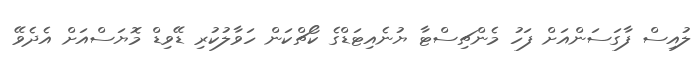
ލުއިސް ފާގަސަންއަށް ފަހު މެންޗިސްޓާ ޔުނެއިޓަޑްގެ ކޯޗްކަން ހަވާލުކުރި ޑޭވިޑް މޮޔަސްއަށް އެދެވޭ